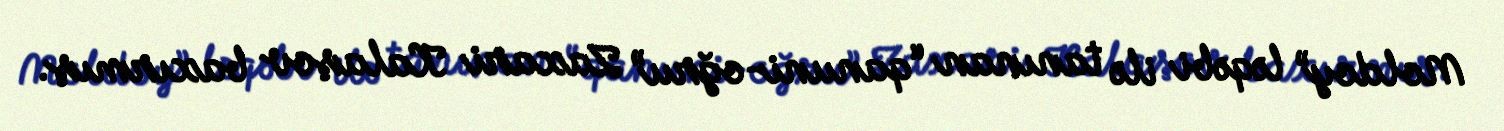
Moldoy” ləqəbi ilə tanınan “qanuni-oğru” Zaxari Kalaşov baxırmış.